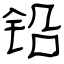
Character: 铅